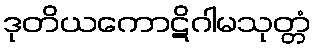
ဒုတိယကောဋိဂါမသုတ္တံ